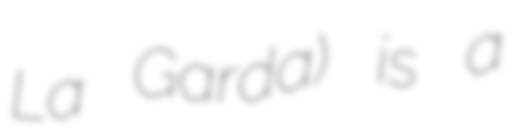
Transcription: La Garda) is a